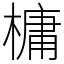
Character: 槦